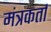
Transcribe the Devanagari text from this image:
मंत्रकर्ता